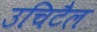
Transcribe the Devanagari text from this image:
उचिटैल